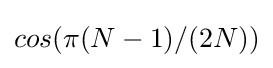
cos(\pi (N-1)/(2N))